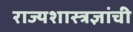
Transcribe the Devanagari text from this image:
राज्यशास्त्रज्ञांची